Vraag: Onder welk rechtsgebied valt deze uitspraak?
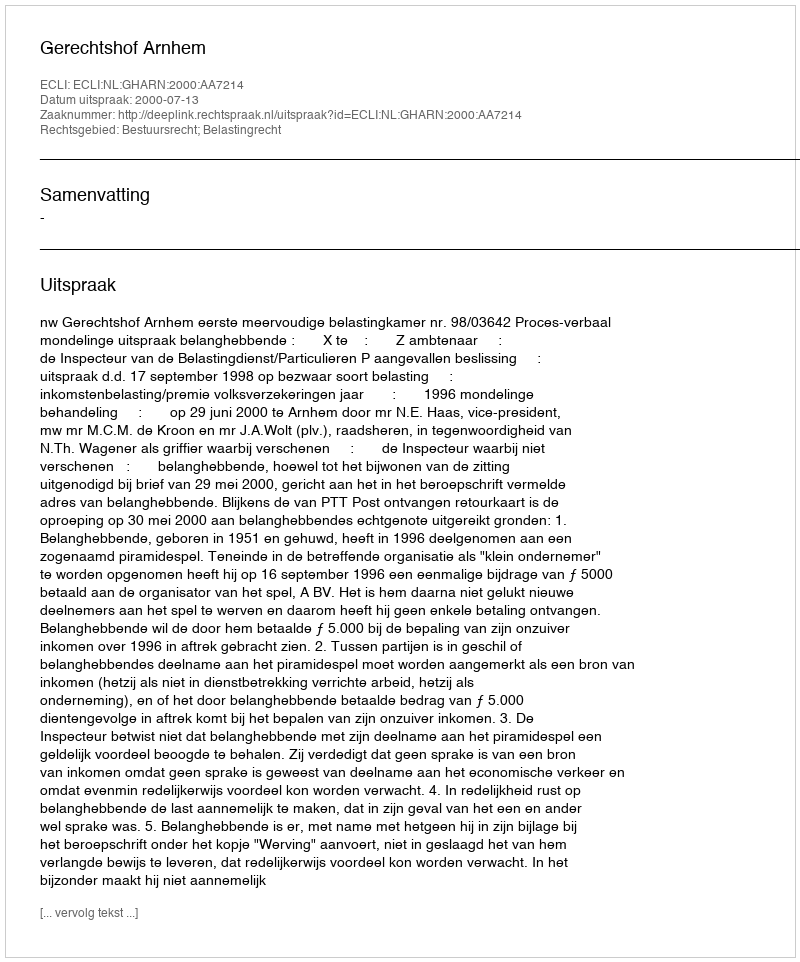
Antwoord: Bestuursrecht; Belastingrecht